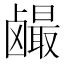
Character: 𱊼